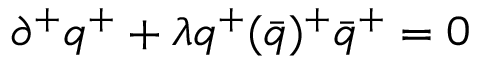
\partial ^ { + } q ^ { + } + \lambda { q ^ { + } ( \bar { q } ) ^ { + } } { \bar { q } } ^ { + } = 0